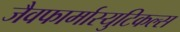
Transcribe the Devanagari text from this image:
जैवफार्मास्युटिकल्स